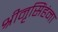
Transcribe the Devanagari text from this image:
श्रीनृसिंहंना